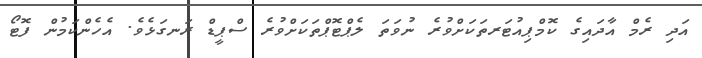
އަދި ރެމް އާދައިގެ ކޮމްޕިއުޓަރތަކަށްވުރެ ނުވަތަ ލެޕްޓޮޕްތަކަށްވުރެ ސްޕީޑް ރަނގަޅެވެ. އެހެންކަމުން ފޮޓޯ